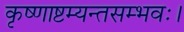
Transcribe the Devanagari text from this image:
कृष्णाष्टम्यन्तसम्भवः।